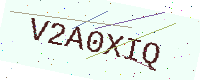
Text: V2A0XIQ